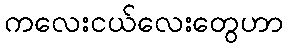
ကလေးငယ်လေးတွေဟာ